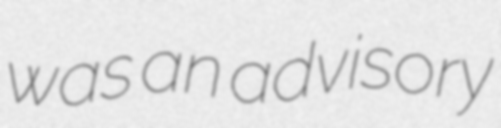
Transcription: was an advisory